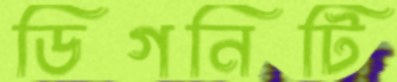
ডিগনিটি